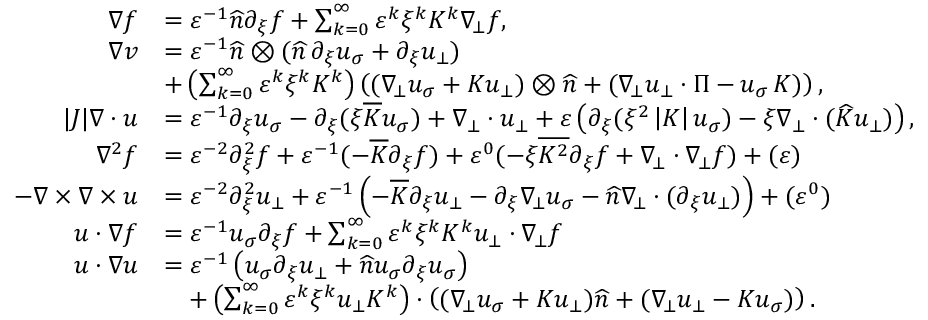
\begin{array} { r l } { \nabla f } & { = \varepsilon ^ { - 1 } \widehat { n } \partial _ { \xi } f + \sum _ { k = 0 } ^ { \infty } \varepsilon ^ { k } \xi ^ { k } K ^ { k } \nabla _ { \! \bot } f , } \\ { \nabla v } & { = \varepsilon ^ { - 1 } \widehat { n } \otimes ( \widehat { n } \, \partial _ { \xi } u _ { \sigma } + \partial _ { \xi } u _ { \bot } ) } \\ & { + \left( \sum _ { k = 0 } ^ { \infty } \varepsilon ^ { k } \xi ^ { k } K ^ { k } \right) \left( ( \nabla _ { \! \bot } u _ { \sigma } + K u _ { \bot } ) \otimes \widehat { n } + ( \nabla _ { \! \bot } u _ { \bot } \cdot \Pi - u _ { \sigma } \, K ) \right) , } \\ { | J | \nabla \cdot { u } } & { = \varepsilon ^ { - 1 } { \partial _ { \xi } u _ { \sigma } } - \partial _ { \xi } ( \xi \overline { { K } } u _ { \sigma } ) + \nabla _ { \bot } \cdot { u _ { \bot } } + \varepsilon \left( \partial _ { \xi } ( \xi ^ { 2 } \left| K \right| u _ { \sigma } ) - \xi \nabla _ { \bot } \cdot ( \widehat { K } u _ { \bot } ) \right) , } \\ { \nabla ^ { 2 } f } & { = \varepsilon ^ { - 2 } \partial _ { \xi } ^ { 2 } f + \varepsilon ^ { - 1 } ( - \overline { { K } } \partial _ { \xi } f ) + \varepsilon ^ { 0 } ( - \xi \overline { { K ^ { 2 } } } \partial _ { \xi } f + \nabla _ { \! \bot } \cdot \nabla _ { \! \bot } f ) + \O ( \varepsilon ) } \\ { - \nabla \times \nabla \times { u } } & { = \varepsilon ^ { - 2 } \partial _ { \xi } ^ { 2 } u _ { \bot } + \varepsilon ^ { - 1 } \left( - \overline { { K } } \partial _ { \xi } u _ { \bot } - \partial _ { \xi } \nabla _ { \! \bot } u _ { \sigma } - \widehat { n } \nabla _ { \! \bot } \cdot ( \partial _ { \xi } u _ { \bot } ) \right) + \O ( \varepsilon ^ { 0 } ) } \\ { { u } \cdot \nabla f } & { = \varepsilon ^ { - 1 } u _ { \sigma } \partial _ { \xi } f + \sum _ { k = 0 } ^ { \infty } \varepsilon ^ { k } \xi ^ { k } K ^ { k } u _ { \bot } \cdot \nabla _ { \! \bot } f } \\ { { u } \cdot \nabla { u } } & { = \varepsilon ^ { - 1 } \left( u _ { \sigma } \partial _ { \xi } u _ { \bot } + \widehat { n } u _ { \sigma } \partial _ { \xi } u _ { \sigma } \right) } \\ & { \quad + \left( \sum _ { k = 0 } ^ { \infty } \varepsilon ^ { k } \xi ^ { k } u _ { \bot } K ^ { k } \right) \cdot \left( ( \nabla _ { \! \bot } u _ { \sigma } + K u _ { \bot } ) \widehat { n } + ( \nabla _ { \! \bot } u _ { \bot } - K u _ { \sigma } ) \right) . } \end{array}